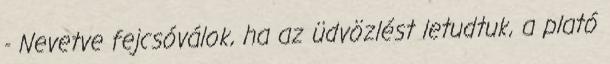
- Nevetve fejcsóválok, ha az üdvözlést letudtuk, a plató